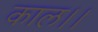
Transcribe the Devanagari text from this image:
काल।।